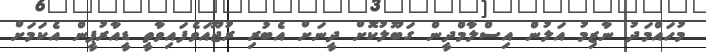
މުހައްމަދު ނާޒިމު އަލުން އިސްލާމްދީން ގަބޫލުކޮށް ދީނަށް އެބުރި ރުޖޫއަވެފައިވާތީ ޑީއާރުޕީން އެކަމަށް